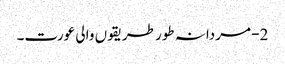
2- مردانہ طور طریقوں والی عورت۔